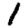
Digit: 1